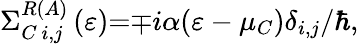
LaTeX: {{\Sigma}}_{{C\ i,j}}^{{R}\left({A}\right)}\left(\varepsilon\right){=}{\mp}i\alpha(\varepsilon-\mu_{C}){\delta}_{i,j}{/}{\hbar},